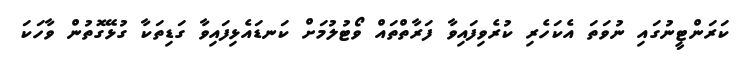
ކަރަންޓީނުގައި ނުވަތަ އެކަހެރި ކުރެވިފައިވާ ފަރާތްތައް ވޯޓުލުމަށް ކަނޑައެޅިފައިވާ ގަޑިތަކާ ގުޅޭގޮތުން ވާހަކަ